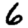
Digit: 6